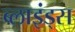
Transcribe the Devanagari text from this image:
ब्लाइंड्स